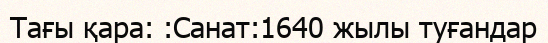
Тағы қара: :Санат:1640 жылы туғандар